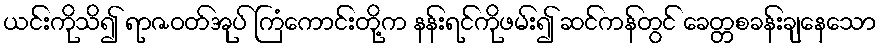
ယင်းကိုသိ၍ ရာဇဝတ်အုပ် ကြံကောင်းတို့က နန်းရင်ကိုဖမ်း၍ ဆင်ကန်တွင် ခေတ္တစခန်းချနေသော